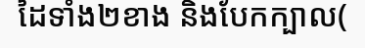
ដៃទាំង២ខាង និងបែកក្បាល(